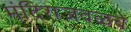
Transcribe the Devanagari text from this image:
मंदिराजवळचे